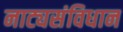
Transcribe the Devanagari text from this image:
नाट्यसंविधान